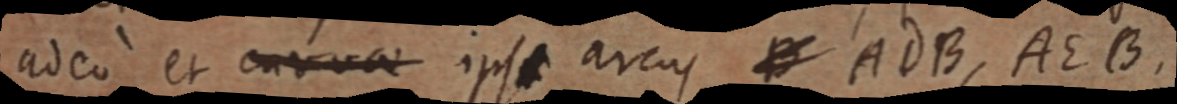
adeo et curva ips arcus B AdB, AEB.